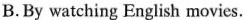
B.By watching English movies.